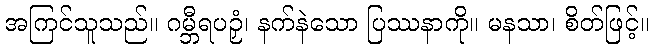
အကြင်သူသည်။ ဂမ္ဘီရပဉှံ၊ နက်နဲသော ပြဿနာကို။ မနသာ၊ စိတ်ဖြင့်။